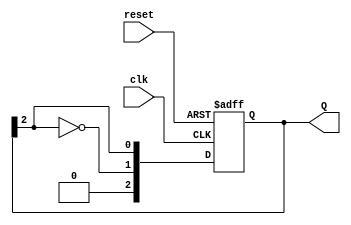
module johnson_counter #(parameter N = 3) (
    input wire clk,          // Clock input
    input wire reset,        // Asynchronous reset input
    output reg [N-1:0] Q     // Output state of the counter
);

    // Johnson counter logic
    always @(posedge clk or posedge reset) begin
        if (reset) begin
            Q <= 0; // Initialize counter to 0 on reset
        end else begin
            Q <= {~Q[N-1], Q[N-1:N-1]}; // Shift and feed inverted last output back to first
        end
    end

endmodule